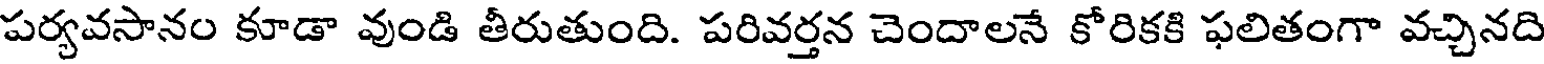
పర్యవసానం కూడా వుండి తీరుతుంది. పరివర్తన చెందాలనే కోరికకి ఫలితంగా వచ్చినది